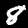
Label: 8